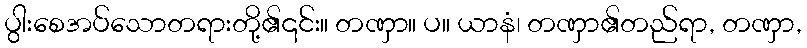
ပွါးစေအပ်သောတရားတို့၏၎င်း။ တဏှာ။ ပ။ ယာနံ၊ တဏှာ၏တည်ရာ, တဏှာ,